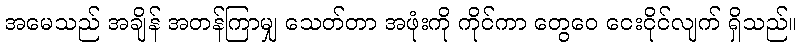
အမေသည် အချိန် အတန်ကြာမျှ သေတ်တာ အဖုံးကို ကိုင်ကာ တွေဝေ ငေးငိုင်လျက် ရှိသည်။